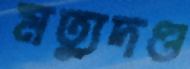
মত্যুদণ্ড